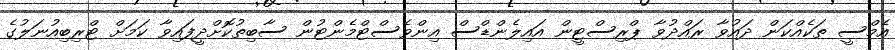
އެމްސީ ތަކެއްކަން ދައުވާ ރައްދުވާ ޕްރިސްޓީން އައިލެންޑްސް އިންވެސްޓްމެންޓުން ސާބިތުކޮށްދީފައިވާ ކަމަށް ޓްރިބިއުނަލުގެ